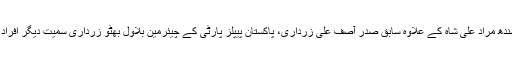
ان میں وزیر اعلیٰ سندھ مراد علی شاہ کے علاوہ سابق صدر آصف علی زرداری، پاکستان پیپلز پارٹی کے چیئرمین بلاول بھٹو زرداری سمیت دیگر افراد کے نام شامل تھے۔